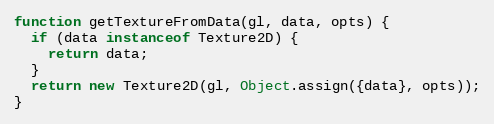
Language: JavaScript
function getTextureFromData(gl, data, opts) {
  if (data instanceof Texture2D) {
    return data;
  }
  return new Texture2D(gl, Object.assign({data}, opts));
}